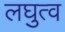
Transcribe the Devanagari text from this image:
लघुत्व